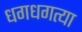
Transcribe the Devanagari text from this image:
धगधगत्या